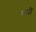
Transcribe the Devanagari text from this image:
गय़ी